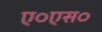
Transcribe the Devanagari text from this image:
ए०एस०